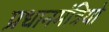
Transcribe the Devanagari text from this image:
प्रधानमंत्रियो